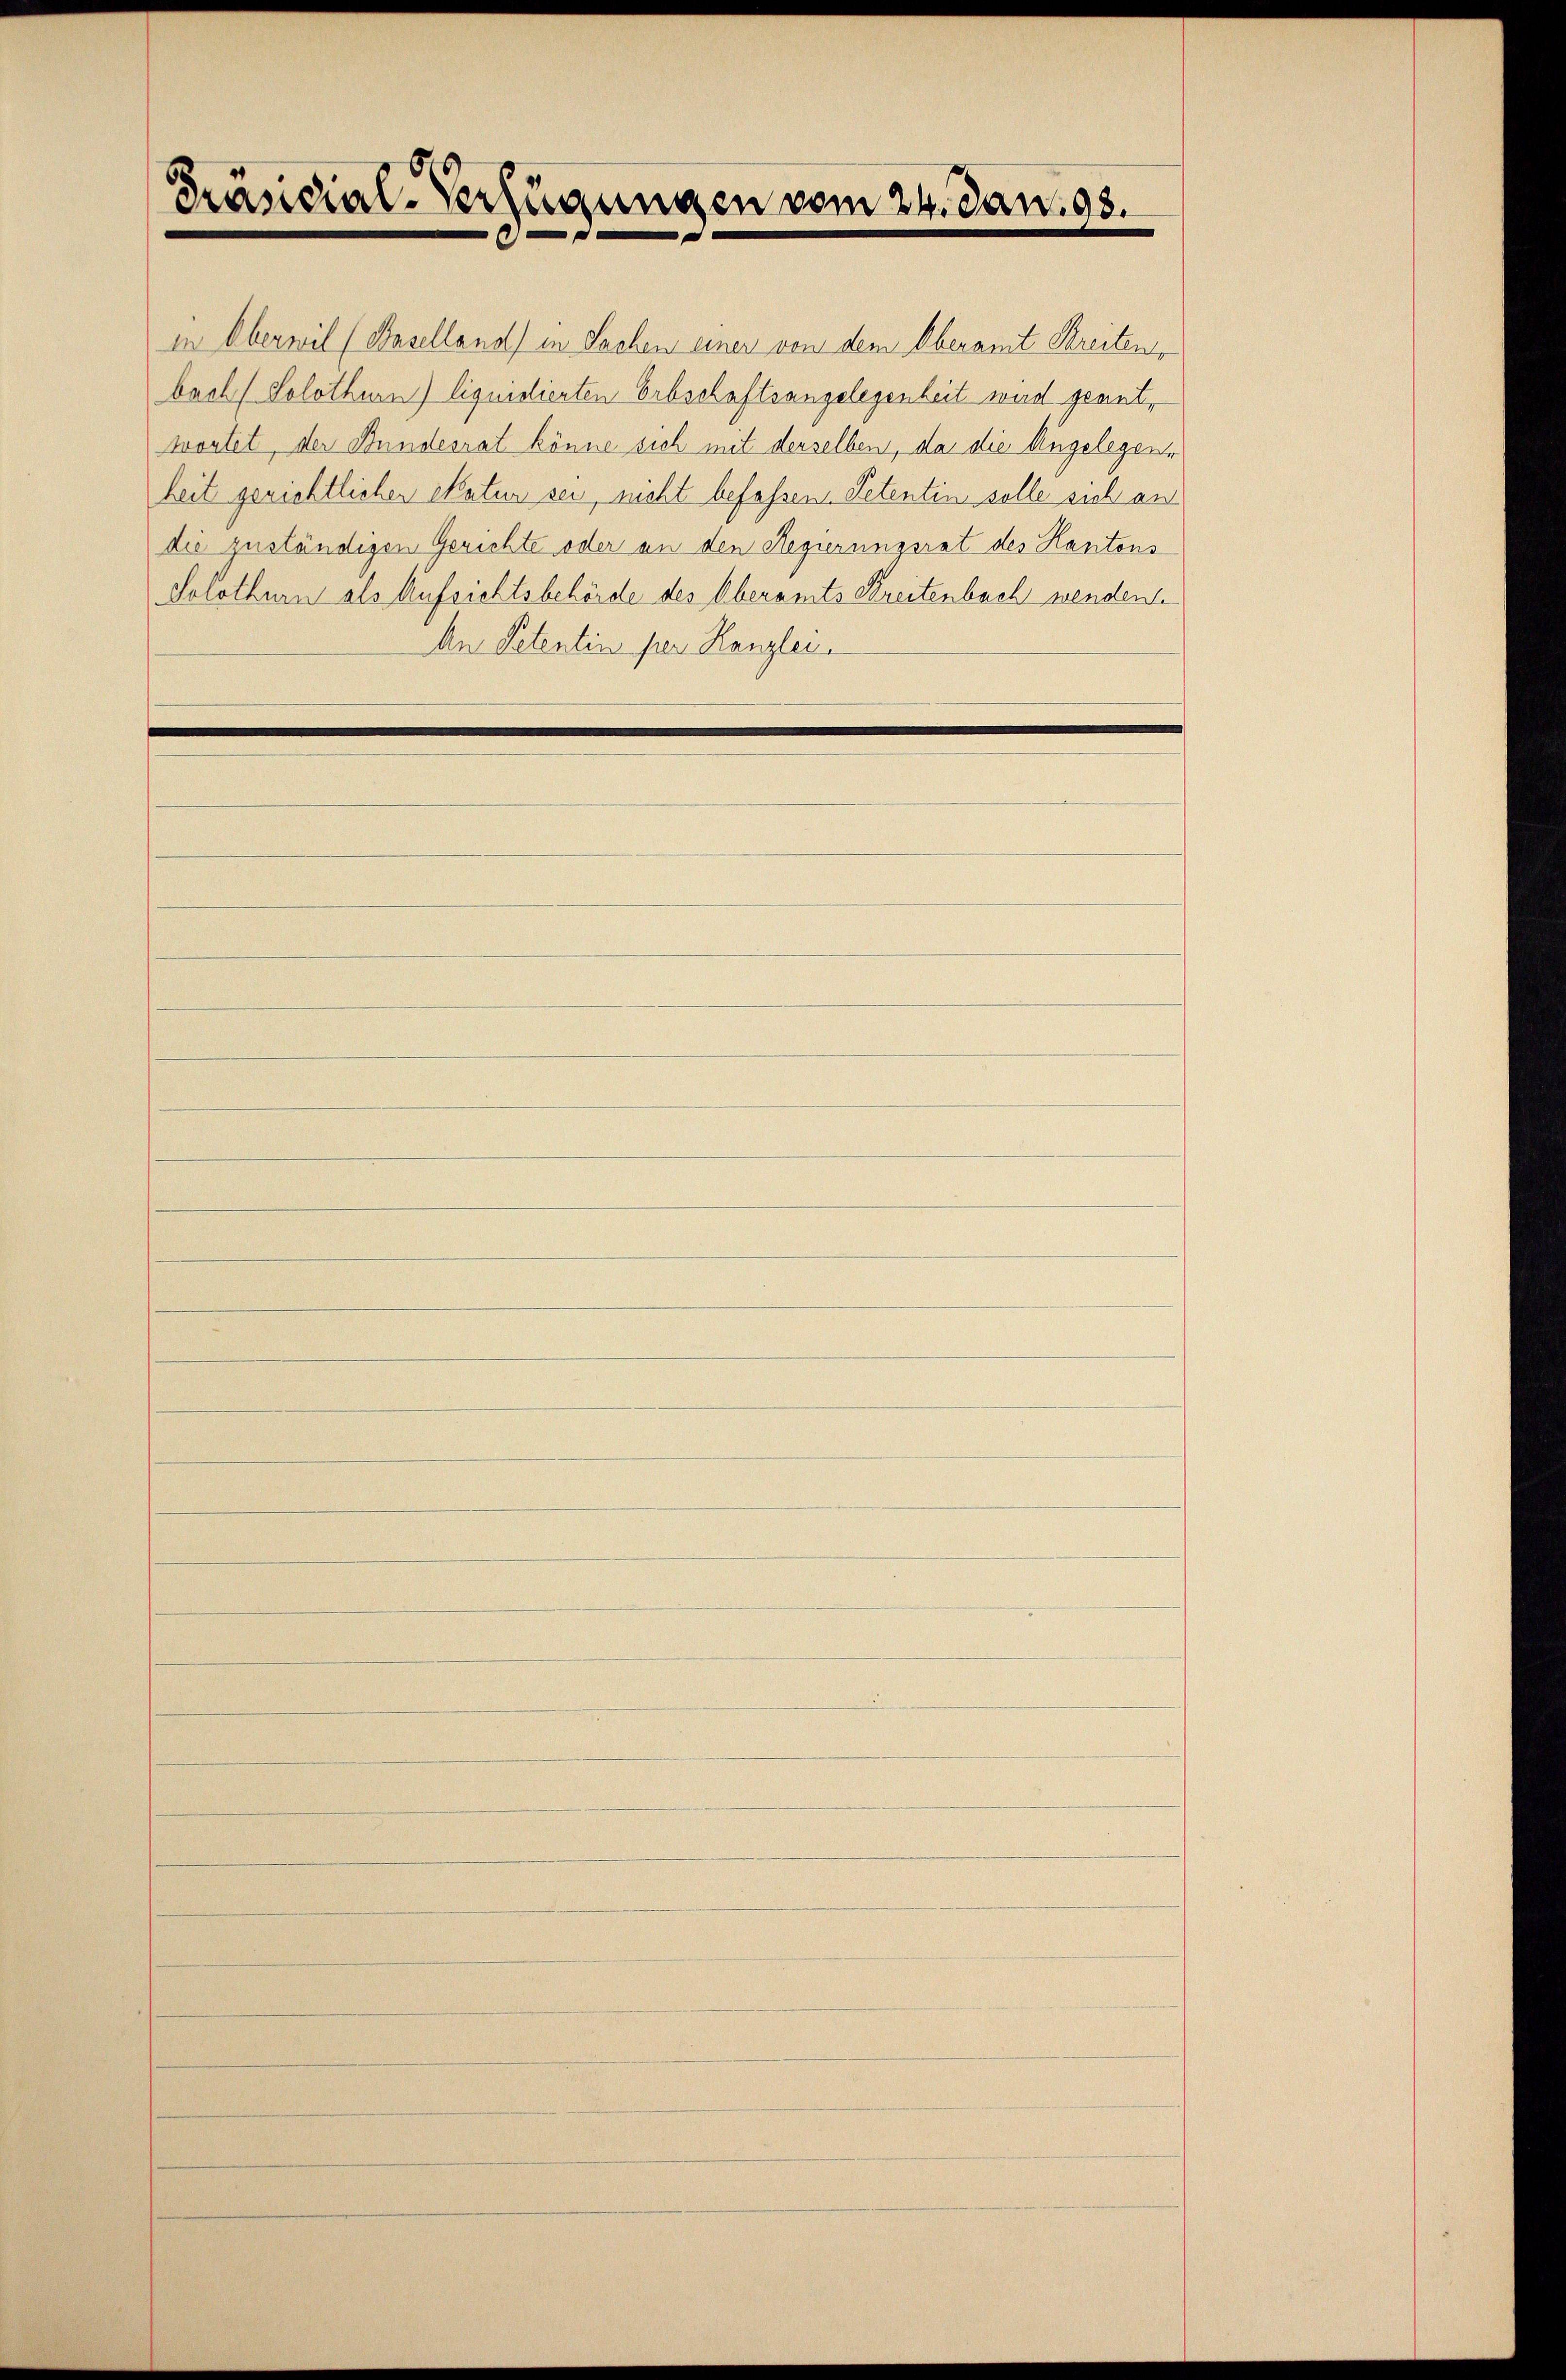
Präsidial-Verfügungen vom 24. Jan. 98.

in Oberwil (Baselland) in Sachen einer von dem Oberamt Streiten,
bach (Solothurn) liquidierten Erbschaftsangelegenheit wird geant,
wortet, der Bundesrat könne sich mit derselben, da die Angelegene
heit gerichtlichen Matur sei, nicht befassen Petentin solle sich an
die zuständigen Gerichte oder an den Regierungsrat des Hantons
Solothurn als Aufsichtsbehörde des Oberamts Breitenbach wenden.
An Petentin per Kanzlei.